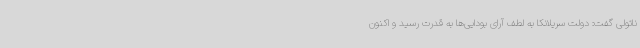
ناتولی گفت: دولت سریلانکا به لطف آرای بودایی‌ها به قدرت رسید و اکنون